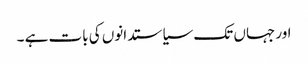
اور جہاں تک سیاستدانوں کی بات ہے ۔